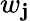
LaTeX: w_{\mathbf{j}}